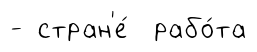
- стран'е́ рабо́та